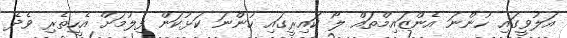
އަލުވީގައި ހުންނަ އެންޒައިމްތައް ލޯ ކައިރީގައި ހުންނަ ކަޅުކަން ފިލުމަށް އެހީތެރި ވެދެ